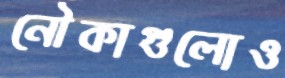
নৌকাগুলোও